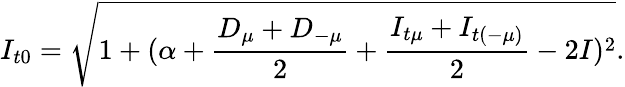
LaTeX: I_{t0}=\sqrt{1+(\alpha+\frac{D_{\mu}+D_{-\mu}}{2}+\frac{I_{t\mu}+I_{t(-\mu)}}{2}-2I)^{2}}.